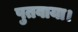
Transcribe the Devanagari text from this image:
पुतवाया।